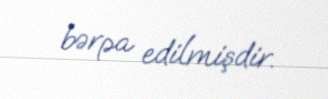
bərpa edilmişdir.